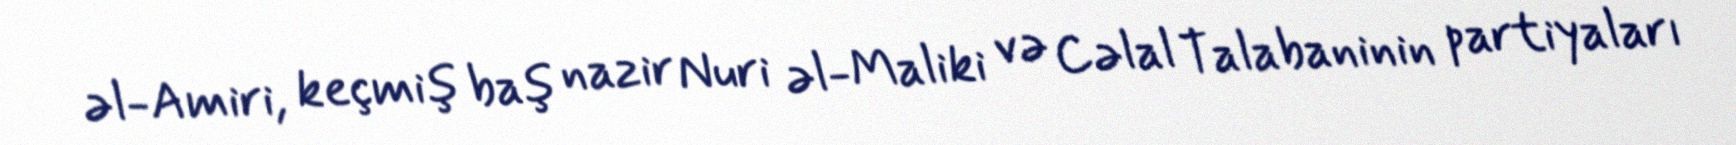
əl-Amiri, keçmiş baş nazir Nuri əl-Maliki və Cəlal Talabaninin partiyaları